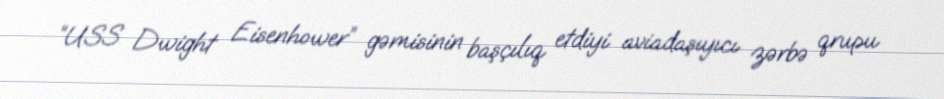
“USS Dwight Eisenhower” gəmisinin başçılıq etdiyi aviadaşıyıcı zərbə qrupu